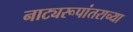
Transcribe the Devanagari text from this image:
नाट्यरूपांतराच्या